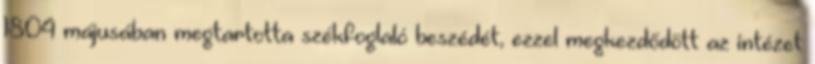
1804 májusában megtartotta székfoglaló beszédét, ezzel megkezdődött az intézet